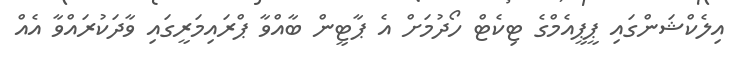
އިލެކްޝަންގައި ޕީޕީއެމްގެ ޓިކެޓް ހޯދުމަށް އެ ޕާޓީން ބާއްވާ ޕްރައިމަރީގައި ވާދަކުރައްވާ އެއް